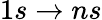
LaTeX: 1s\rightarrow ns